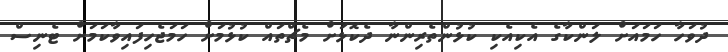
ދުވަހާ ހަމައަށް ލަންކާގެ އެކިއެކި ކުޅުންތެރިންނާ ދެކޮޅަށް މެޗްތައް ކުޅުމަށް ހަމަޖެހިފައިވާކަމަށް ޓެނިސް